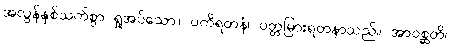
အလွန်နှစ်သက်စွာ ရှုအပ်သော။ ပကိရတနံ၊ ပတ္တမြားရတနာသည်။ အာဝစ္ဆတိ၊